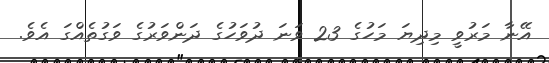
އޭނާ މަރުވީ މިދިޔަ މަހުގެ 23 ވަނަ ދުވަހުގެ ދަންވަރުގެ ވަގުތެއްގަ އެވެ.